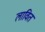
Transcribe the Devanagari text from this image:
लावित